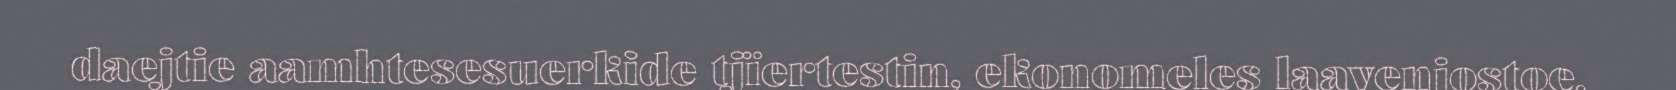
daejtie aamhtesesuerkide tjïertestin, ekonomeles laavenjostoe,